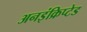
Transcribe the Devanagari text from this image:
अनइंक्रिप्टेड